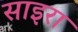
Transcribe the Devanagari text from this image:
साइरा